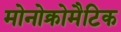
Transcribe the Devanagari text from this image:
मोनोक्रोमैटिक